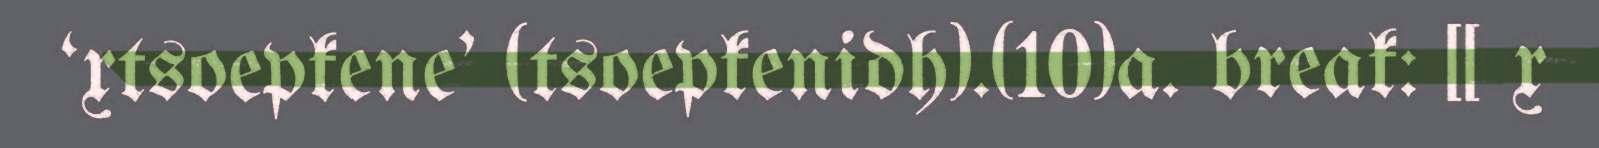
‘xtsoepkene' (tsoepkenidh).(10)a. break: [[ x